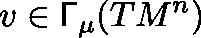
v \in \mathsf { \Gamma } _ { \mu } ( T M ^ { n } )